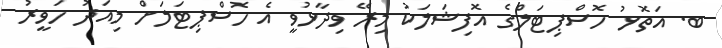
ބ. އަތޮޅު ހޮސްޕިޓަލްގެ އޮފިޝަލަކު މިރޭ ވިދާޅުވީ އެ ހޮސްޕިޓަލަށް މިއަދު ހަވީރު